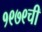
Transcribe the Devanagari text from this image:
१९७९ची